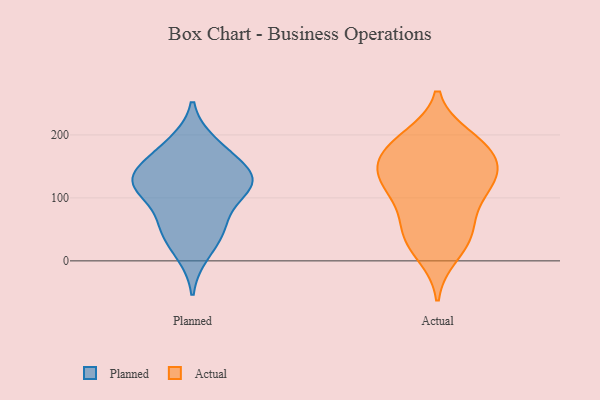
{"axis": {"x": "Net Income (USD K)", "y": "Value"}, "legend": ["Actual", "Planned"], "data": [{"x": "", "y": 127, "type": "Planned"}, {"x": "", "y": 61, "type": "Planned"}, {"x": "", "y": 12, "type": "Planned"}, {"x": "", "y": 120, "type": "Planned"}, {"x": "", "y": 56, "type": "Planned"}, {"x": "", "y": 45, "type": "Planned"}, {"x": "", "y": 186, "type": "Planned"}, {"x": "", "y": 157, "type": "Planned"}, {"x": "", "y": 130, "type": "Planned"}, {"x": "", "y": 124, "type": "Planned"}, {"x": "", "y": 122, "type": "Planned"}, {"x": "", "y": 115, "type": "Planned"}, {"x": "", "y": 175, "type": "Planned"}, {"x": "", "y": 196, "type": "Actual"}, {"x": "", "y": 10, "type": "Actual"}, {"x": "", "y": 188, "type": "Actual"}, {"x": "", "y": 44, "type": "Actual"}, {"x": "", "y": 31, "type": "Actual"}, {"x": "", "y": 114, "type": "Actual"}, {"x": "", "y": 145, "type": "Actual"}, {"x": "", "y": 166, "type": "Actual"}, {"x": "", "y": 74, "type": "Actual"}, {"x": "", "y": 189, "type": "Actual"}, {"x": "", "y": 126, "type": "Actual"}, {"x": "", "y": 122, "type": "Actual"}, {"x": "", "y": 49, "type": "Actual"}, {"x": "", "y": 112, "type": "Actual"}, {"x": "", "y": 163, "type": "Actual"}, {"x": "", "y": 151, "type": "Actual"}]}